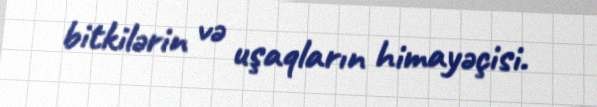
bitkilərin və uşaqların himayəçisi.